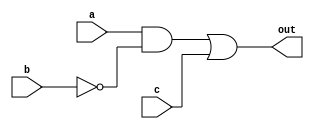

module complex_in_n_out 
        (
            //inputs
            a,
            b,
            c,
            //out
            out
        );
    //port definitions
    
    input a;
    input b;
    input c;

    output out;

    //---- design implementation
    
    assign out = (a & ~b) | c;

endmodule